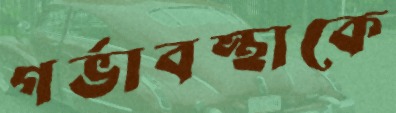
গর্ভাবস্থাকে